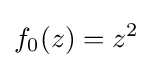
f_{0}(z)=z^{2}